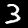
Label: 3